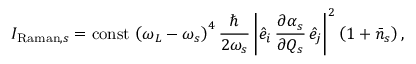
I _ { \mathrm { R a m a n } , s } = \operatorname { c o n s t } \, \left( \omega _ { L } - \omega _ { s } \right) ^ { 4 } \frac { \hbar } { 2 \omega _ { s } } \left| \hat { e } _ { i } \, \frac { \partial \alpha _ { s } } { \partial Q _ { s } } \, \hat { e } _ { j } \right| ^ { 2 } \left( 1 + \bar { n } _ { s } \right) ,